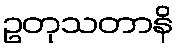
ဥတုသတာနိ